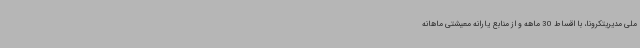
ملی مدیریتکرونا، با اقساط 30 ماهه و از منابع یارانه معیشتی ماهانه